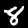
Digit: 8